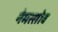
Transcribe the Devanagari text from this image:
नेमत्सोव